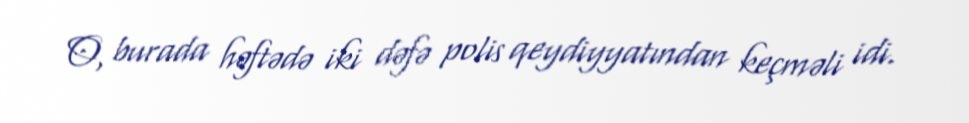
O, burada həftədə iki dəfə polis qeydiyyatından keçməli idi.